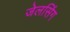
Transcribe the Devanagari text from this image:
जेलसिंग